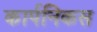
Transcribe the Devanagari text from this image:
कार्पनिकस